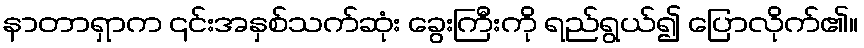
နာတာရှာက ၎င်းအနှစ်သက်ဆုံး ခွေးကြီးကို ရည်ရွယ်၍ ပြောလိုက်၏။